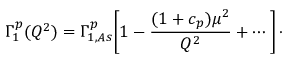
\Gamma _ { 1 } ^ { p } ( Q ^ { 2 } ) = \Gamma _ { 1 , A s } ^ { p } \Biggl [ 1 - { \frac { ( 1 + c _ { p } ) \mu ^ { 2 } } { Q ^ { 2 } } } + \cdots \Biggl ] \, \cdot